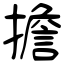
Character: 擔